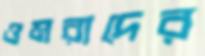
ওমরাদের